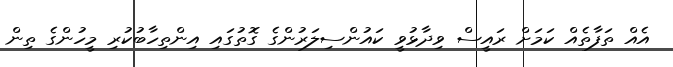
އެއް ތަފާތެއް ކަމަށް ރައީސް ވިދާޅުވީ ކައުންސިލަރުންގެ ގޮތުގައި އިންތިހާބުކުރި މީހުންގެ ތިން